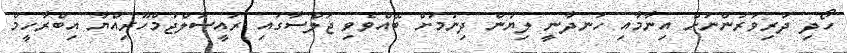
ހޯދި ދަރިވަރުންނަށް އިނާމާއި ހަނދާނީ ލިޔުން ދިނުމަށް ބޭއްވެވި ޖަލްސާގައި ރައީސުލްޖުމްހޫރިއްޔާ އިބްރާހީމް